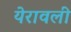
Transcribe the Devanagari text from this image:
येरावली